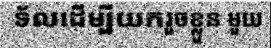
ទ័លដើម្បីយករួចខ្លួន មួយ